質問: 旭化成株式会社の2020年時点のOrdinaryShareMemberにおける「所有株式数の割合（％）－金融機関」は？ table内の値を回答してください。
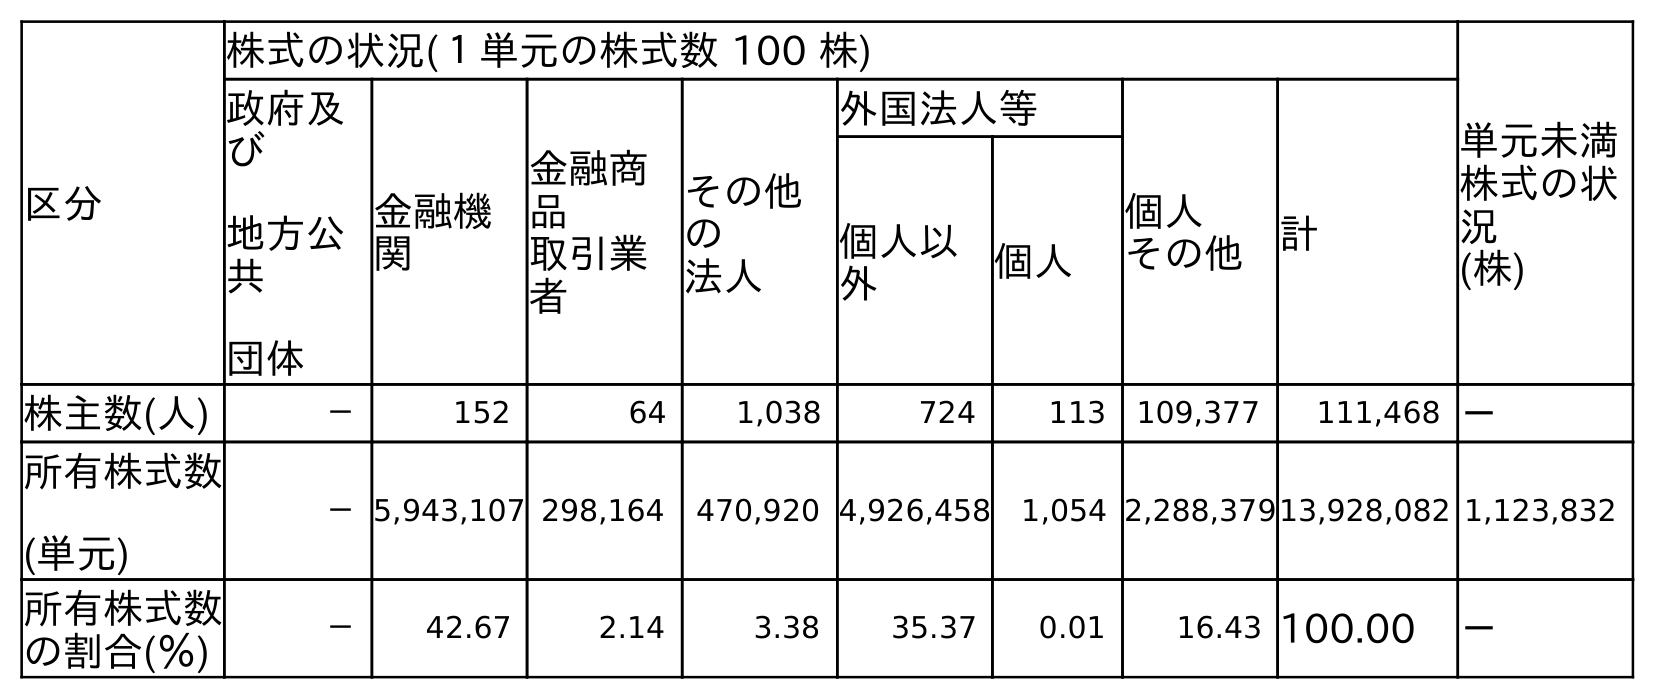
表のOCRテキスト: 区分 株式の状況(１単元の株式数 100 株) 単元未満 株式の状 況 (株) 政府及 び 地方公 共 団体 金融機 関 金融商 品 取引業 者 その他 の 法人 外国法人等 個人 その他 計 個人以 外 個人 株主数(人) － 152 64 1,038 724 113 109,377 111,468 － 所有株式数 (単元) －5,943,107 298,164 470,920 4,926,458 1,054 2,288,37913,928,082 1,123,832 所有株式数 の割合(％) － 42.67 2.14 3.38 35.37 0.01 16.43 100.00 －
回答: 42.67